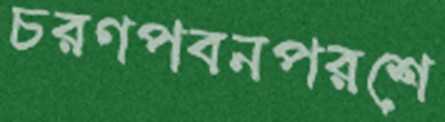
চরণপবনপরশে